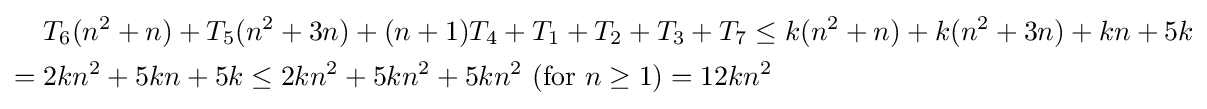
{\begin{aligned}&T_{6}(n^{2}+n)+T_{5}(n^{2}+3n)+(n+1)T_{4}+T_{1}+T_{2}+T_{3}+T_{7}\leq k(n^{2}+n)+k(n^{2}+3n)+kn+5k\\={}&2kn^{2}+5kn+5k\leq 2kn^{2}+5kn^{2}+5kn^{2}\ ({\text{for }}n\geq 1)=12kn^{2}\end{aligned}}